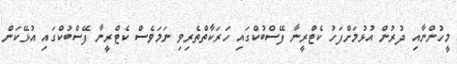
މީހުންނާއި ދުރުން އުޅުމަށްފަހު ކެޓްރީނާ ފޭސްބުކްގައި ހަރަކާތްތެރިވި ނަމަވެސް ކެޓްރީނާ ފޭސްބުކްގައި އުޅޭކަން